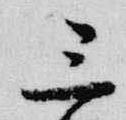
三